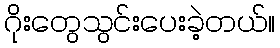
ဂိုးတွေသွင်းပေးခဲ့တယ်။